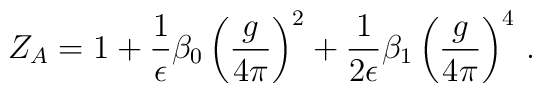
Z_{A} = 1 + \frac{1}{\epsilon} \beta_{0} \left( \frac{g}{4 \pi} \right)^{2} +\frac{1}{2 \epsilon} \beta_{1} \left( \frac{g}{4 \pi} \right)^{4} \, .